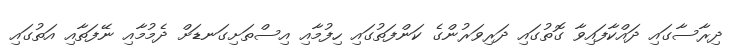
ދިރާސާގައި ދައްކާފައިވާ ގޮތުގައި ދަރިވަރުންގެ ކަންފަތުގައި ހިފުމާއި އިސްތަށިގަނޑަށް ދެމުމާއި ނޭފަތާއި އަތުގައި